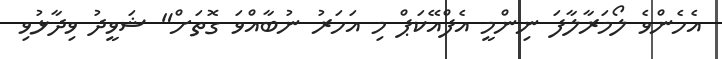
އެހެންވެ ލޯމަރާލާފަ ނިންމީ އެފްއޭކަޕް މި އަހަރު ނުބާއްވަ ގޮތަށް" ޝަވީދު ވިދާޅުވި